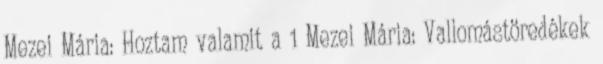
Mezei Mária: Hoztam valamit a 1 Mezei Mária: Vallomástöredékek